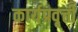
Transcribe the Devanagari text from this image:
कार्यप्रवृत्ती